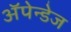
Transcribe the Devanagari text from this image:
अॅपेन्डेज